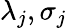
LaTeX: \lambda_{j},\sigma_{j}